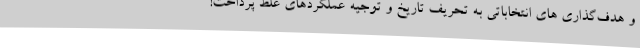
و هدف‌گذاری های انتخاباتی به تحریف تاریخ و توجیه عملکردهای غلط پرداخت!